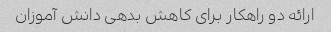
ارائه دو راهکار برای کاهش بدهی دانش آموزان